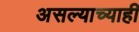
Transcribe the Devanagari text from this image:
असल्याच्याही